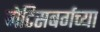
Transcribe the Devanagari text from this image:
गेटिसबर्गच्या